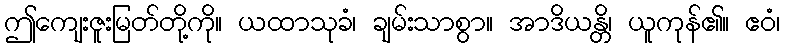
ဤကျေးဇူးမြတ်တို့ကို။ ယထာသုခံ၊ ချမ်းသာစွာ။ အာဒိယန္တိ၊ ယူကုန်၏။ ဧဝံ၊